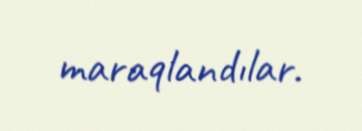
maraqlandılar.